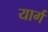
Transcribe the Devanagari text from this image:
यार्ग